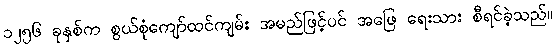
၁၂၅၆ ခုနှစ်က စွယ်စုံကျော်ထင်ကျမ်း အမည်ဖြင့်ပင် အဖြေ ရေးသား စီရင်ခဲ့သည်။